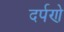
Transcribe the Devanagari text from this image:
दर्पणे